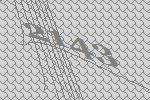
2143